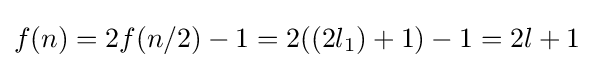
f(n)=2f(n/2)-1=2((2l_{1})+1)-1=2l+1